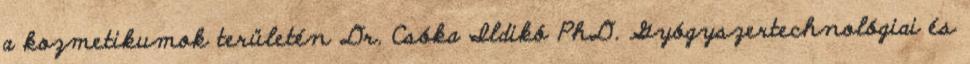
a kozmetikumok területén Dr. Csóka Ildikó PhD. Gyógyszertechnológiai és